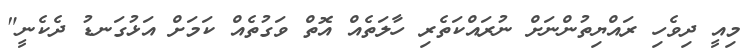
މިއީ ދިވެހި ރައްޔިތުންނަށް ނުރައްކަތެރި ހާލަތެއް އޮތް ވަގުތެއް ކަމަށް އަޅުގަނޑު ދެކެނީ"